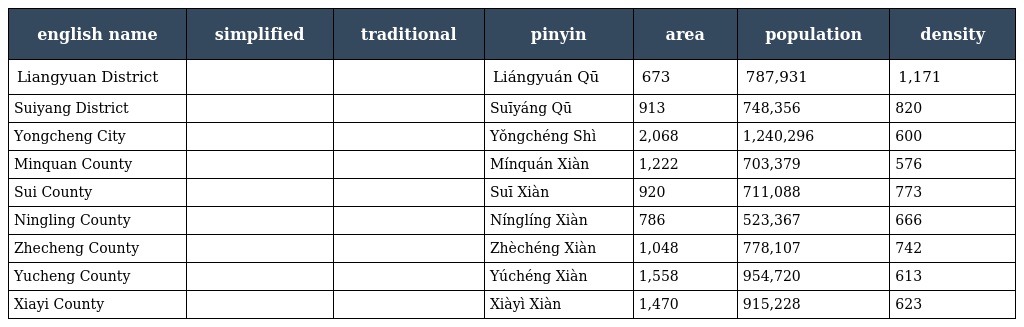
| english name | simplified | traditional | pinyin | area | population | density |
 | --- | --- | --- | --- | --- | --- | --- |
 | Liangyuan District | 梁园区 | 梁園區 | Liángyuán Qū | 673 | 787,931 | 1,171 |
 | Suiyang District | 睢阳区 | 睢陽區 | Suīyáng Qū | 913 | 748,356 | 820 |
 | Yongcheng City | 永城市 | 永城市 | Yǒngchéng Shì | 2,068 | 1,240,296 | 600 |
 | Minquan County | 民权县 | 民權縣 | Mínquán Xiàn | 1,222 | 703,379 | 576 |
 | Sui County | 睢县 | 睢縣 | Suī Xiàn | 920 | 711,088 | 773 |
 | Ningling County | 宁陵县 | 寧陵縣 | Nínglíng Xiàn | 786 | 523,367 | 666 |
 | Zhecheng County | 柘城县 | 柘城縣 | Zhèchéng Xiàn | 1,048 | 778,107 | 742 |
 | Yucheng County | 虞城县 | 虞城縣 | Yúchéng Xiàn | 1,558 | 954,720 | 613 |
 | Xiayi County | 夏邑县 | 夏邑縣 | Xiàyì Xiàn | 1,470 | 915,228 | 623 |